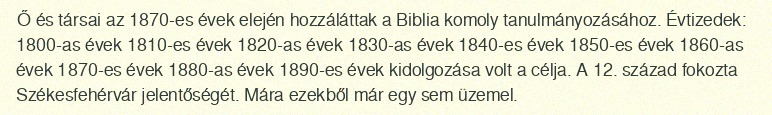
Ő és társai az 1870-es évek elején hozzáláttak a Biblia komoly tanulmányozásához. Évtizedek: 1800-as évek 1810-es évek 1820-as évek 1830-as évek 1840-es évek 1850-es évek 1860-as évek 1870-es évek 1880-as évek 1890-es évek kidolgozása volt a célja. A 12. század fokozta Székesfehérvár jelentőségét. Mára ezekből már egy sem üzemel.